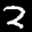
Label: 2